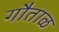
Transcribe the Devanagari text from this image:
गौताळ